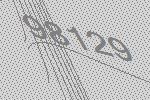
98129